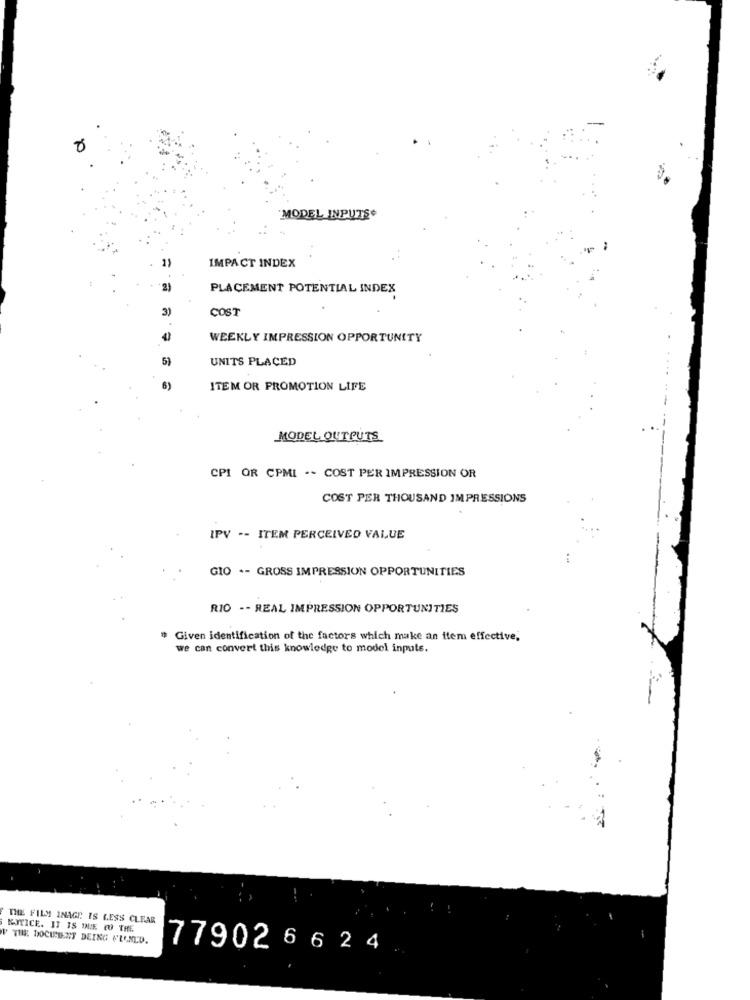
MODEL INPUTS+
1
IMPACT INDEX
21
PLACEMENT POTENTIAL INDEX
31
COST
WEEKLY IMPRESSION OPPORTUNITY
51
UNITS PLACED
ITEM OR PROMOTION LIFE
MODEL OUTPUTS
CPI OR CPMI -- COST PER IMPRESSION OR
COST PER THOUSAND IMPRESSIONS
IPV -- ITEM PERCEIVED VALUE
GIO +- GROSS IMPRESSION OPPORTUNITIES
RIO -- REAL IMPRESSION OPPORTUNITIES
Given identification of the factors which make an item effective,
we can convert this knowledge to model inputs.
THE FILM INAGE IS LESS CLEAR
KYTICE. IT IS DUE TO THE
F THE DOCUMENT DEING FLONLD.
779026 6 24